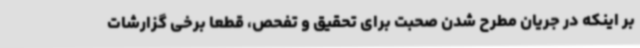
بر اینکه در جریان مطرح شدن صحبت برای تحقیق و تفحص، قطعا برخی گزارشات